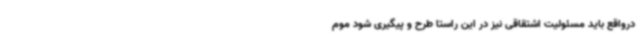
درواقع باید مسئولیت اشتقاقی نیز در این راستا طرح و پیگیری شود موم